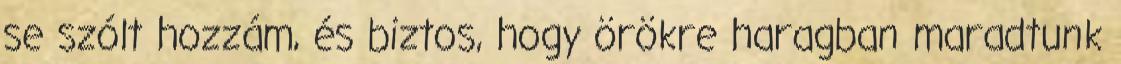
se szólt hozzám, és biztos, hogy örökre haragban maradtunk